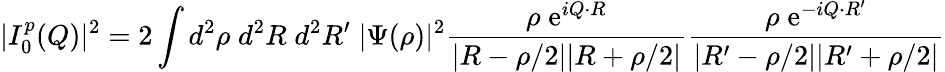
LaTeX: |I_{0}^{p}(Q)|^{2}=2\int d^{2}\rho\; d^{2}R\; d^{2}R^{\prime}\; |\Psi(\rho)|^{2}\frac{\rho\; {\mathrm{e}}^{iQ\cdot R}}{|R-\rho/2||R+\rho/2|}\frac{\rho\; {\mathrm{e}}^{-iQ\cdot R^{\prime}}}{|R^{\prime}-\rho/2||R^{\prime}+\rho/2|}